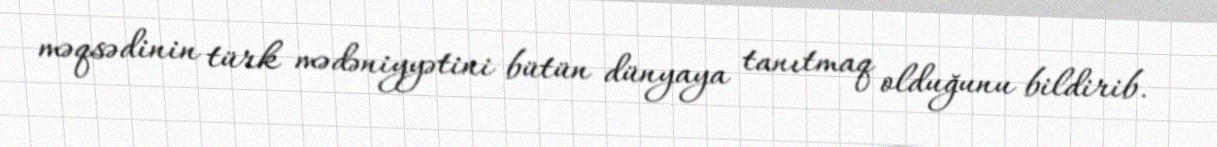
məqsədinin türk mədəniyyətini bütün dünyaya tanıtmaq olduğunu bildirib.